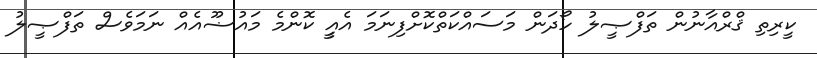
ކީރިތި ޤްރްއާނުން ތަފްޞީލު ހޯދަން މަސައްކަތްކޮށްފިނަމަ އެއީީ ކޮންމެ މައުޟޫއެއް ނަމަވެސް ތަފްޞީލު